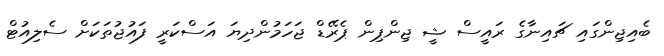
ބެއިޖިންގައި ޗައިނާގެ ރައީސް ޝީ ޖިންޕިން ޕެރޭޑް ޖަހަމުންދިޔަ އަސްކަރީ ފައުޖުތަކަށް ސެލިއުޓް